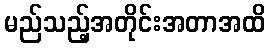
မည်သည့်အတိုင်းအတာအထိ